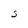
Character: S